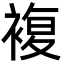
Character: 複